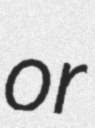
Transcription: or